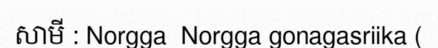
សាមី : Norgga  Norgga gonagasriika (